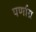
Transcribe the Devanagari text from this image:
पर्णाग्र